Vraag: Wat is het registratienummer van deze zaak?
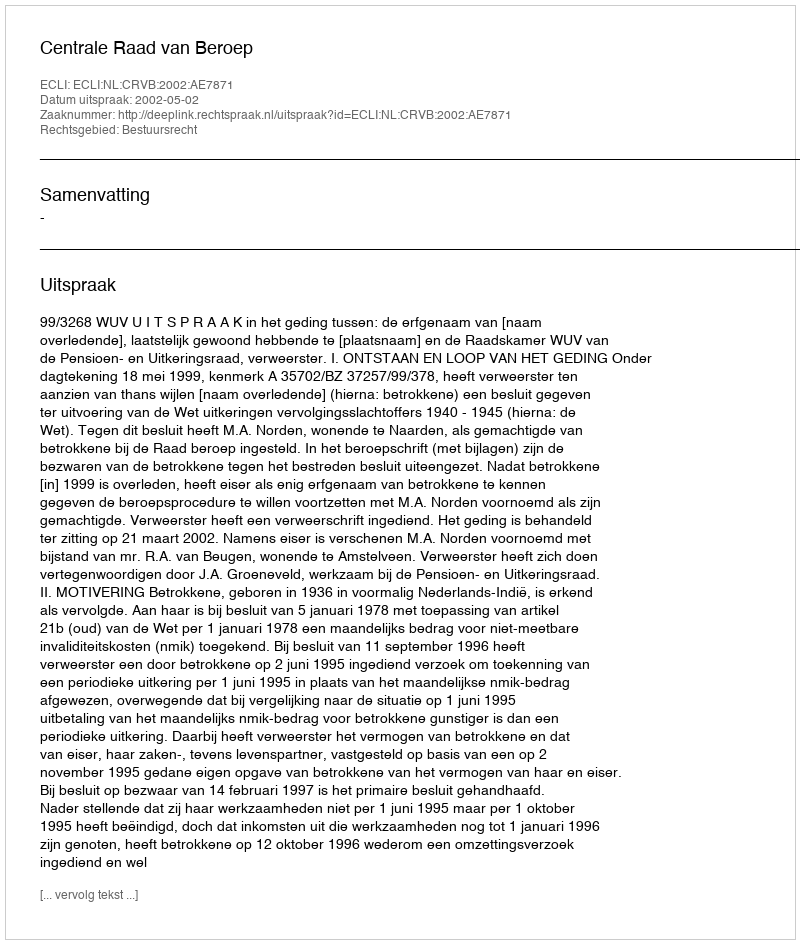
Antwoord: http://deeplink.rechtspraak.nl/uitspraak?id=ECLI:NL:CRVB:2002:AE7871